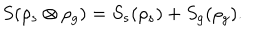
S ( \rho _ { s } \otimes \rho _ { g } ) = S _ { s } ( \rho _ { s } ) + S _ { g } ( \rho _ { g } ) .